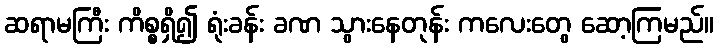
ဆရာမကြီး ကိစ္စရှိ၍ ရုံးခန်း ခဏ သွားနေတုန်း ကလေးတွေ ဆော့ကြမည်။